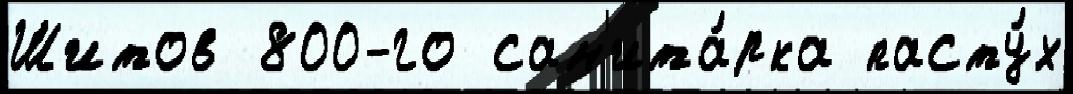
Шитов 800-го сан'ита́рка пасту́х